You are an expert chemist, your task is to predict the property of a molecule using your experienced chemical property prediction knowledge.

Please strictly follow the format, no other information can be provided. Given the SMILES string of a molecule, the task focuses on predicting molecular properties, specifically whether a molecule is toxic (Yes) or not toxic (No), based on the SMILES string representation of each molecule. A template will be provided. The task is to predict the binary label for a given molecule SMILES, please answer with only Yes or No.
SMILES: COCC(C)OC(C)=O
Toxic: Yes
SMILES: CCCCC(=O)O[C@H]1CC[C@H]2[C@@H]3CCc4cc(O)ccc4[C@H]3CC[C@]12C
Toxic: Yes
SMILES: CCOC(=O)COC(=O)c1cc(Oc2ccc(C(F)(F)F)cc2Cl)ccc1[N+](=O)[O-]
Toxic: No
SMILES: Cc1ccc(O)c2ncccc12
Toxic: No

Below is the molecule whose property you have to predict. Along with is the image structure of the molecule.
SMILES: O=C(Cn1ccnc1[N+](=O)[O-])NCCO
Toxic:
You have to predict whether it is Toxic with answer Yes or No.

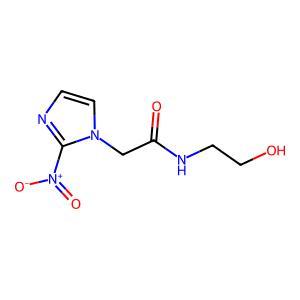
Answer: No